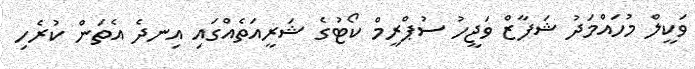
ވަކީލް މުހައްމަދު ޝަފާޒް ވަޖީހު ސުޕްރީމް ކޯޓުގެ ޝަރީއަތެއްގައި އިނދެ އެތަން ކުރެހި